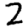
Digit: 2